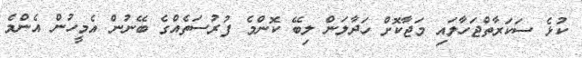
ކުޅެ ސަކަރާތްޖަހާލައި މަޖާކޮށް ހަދާލަން ލިބޭ ކޮންމެ ފުރުސަތެއްގެ ބޭނުން އެމީހުން އެންމެ